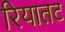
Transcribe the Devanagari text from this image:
रियातट